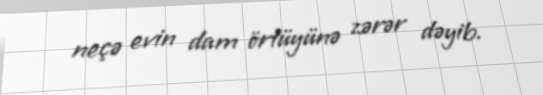
neçə evin dam örtüyünə zərər dəyib.